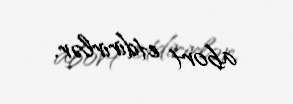
abort etdirirlər.